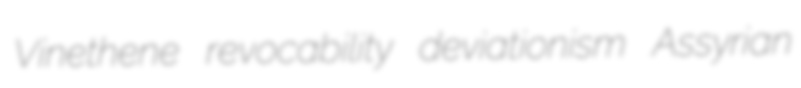
Vinethene revocability deviationism Assyrian